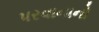
પરવાનાનો